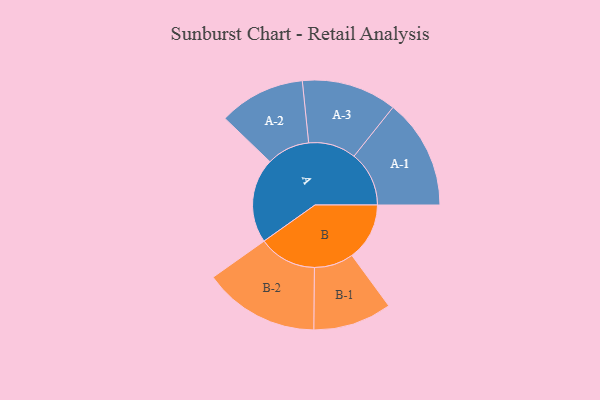
{"axis": {"x": "Segment", "y": "Value"}, "legend": ["", "A", "B"], "data": [{"x": "A", "y": 399, "type": ""}, {"x": "B", "y": 271, "type": ""}, {"x": "A-1", "y": 259, "type": "A"}, {"x": "A-2", "y": 203, "type": "A"}, {"x": "A-3", "y": 224, "type": "A"}, {"x": "B-1", "y": 185, "type": "B"}, {"x": "B-2", "y": 273, "type": "B"}]}